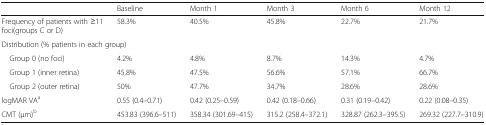
<table><thead><tr><td></td><td><b>Baseline</b></td><td><b>Month 1</b></td><td><b>Month 3</b></td><td><b>Month 6</b></td><td><b>Month 12</b></td></tr></thead><tbody><tr><td>Frequency of patients with ≥11 foci(groups C or D)</td><td>58.3%</td><td>40.5%</td><td>45.8%</td><td>22.7%</td><td>21.7%</td></tr><tr><td colspan="6">Distribution (% patients in each group)</td></tr><tr><td> Group 0 (no foci)</td><td>4.2%</td><td>4.8%</td><td>8.7%</td><td>14.3%</td><td>4.7%</td></tr><tr><td> Group 1 (inner retina)</td><td>45.8%</td><td>47.5%</td><td>56.6%</td><td>57.1%</td><td>66.7%</td></tr><tr><td> Group 2 (outer retina)</td><td>50%</td><td>47.7%</td><td>34.7%</td><td>28.6%</td><td>28.6%</td></tr><tr><td>logMAR VA<sup>a</sup></td><td>0.55 (0.4–0.71)</td><td>0.42 (0.25–0.59)</td><td>0.42 (0.18–0.66)</td><td>0.31 (0.19–0.42)</td><td>0.22 (0.08–0.35)</td></tr><tr><td>CMT (μm)<sup>b</sup></td><td>453.83 (396.6–511)</td><td>358.34 (301.69–415)</td><td>315.2 (258.4–372.1)</td><td>328.87 (262.3–395.5)</td><td>269.32 (227.7–310.9)</td></tr></tbody></table>